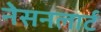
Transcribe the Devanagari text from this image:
नेसनलार्ट